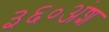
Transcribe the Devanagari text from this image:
३६०अंश